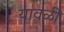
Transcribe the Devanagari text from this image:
यावळी